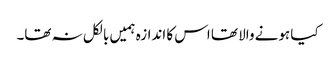
کیا ہونے والا تھا اس کا اندازہ ہمیں بالکل نہ تھا۔